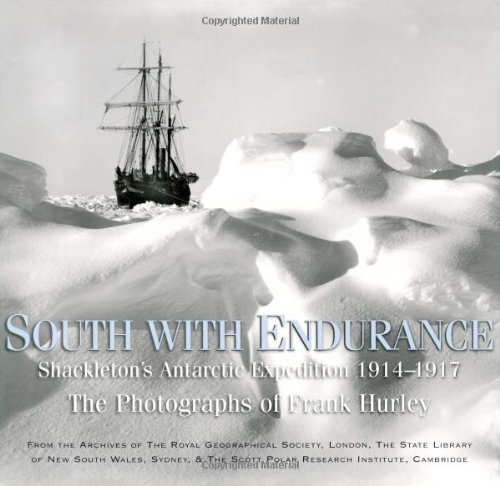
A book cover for South with Endurance: Shackleton's Antarctic Expedition  1914-1917; Travel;